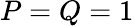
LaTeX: P=Q=1